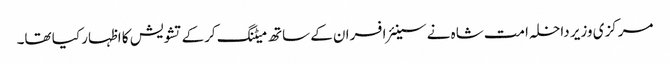
مرکزی وزیر داخلہ امت شاہ نے سینئر افسران کے ساتھ میٹنگ کرکے تشویش کا اظہار کیا تھا۔